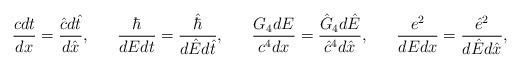
LaTeX: \begin{align*}{{cdt}\over{dx}}={{\hat{c}d\hat{t}}\over{d\hat{x}}},\ \ \ \ \ {\hbar\over{dEdt}}={\hat{\hbar}\over{d\hat{E}d\hat{t}}},\ \ \ \ \ {{G_4dE}\over{c^4dx}}={{\hat{G}_4d\hat{E}}\over{\hat{c}^4d\hat{x}}},\ \ \ \ \ {e^2\over{dEdx}}={\hat{e}^2\over{d\hat{E}d\hat{x}}},\end{align*}